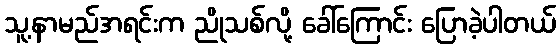
သူ့နာမည်အရင်းက ညိုသစ်လို့ ခေါ်ကြောင်း ပြောခဲ့ပါတယ်